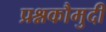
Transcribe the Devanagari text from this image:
प्रश्नकौमुदी